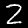
Digit: 2